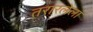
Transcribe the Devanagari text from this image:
तरारलेला